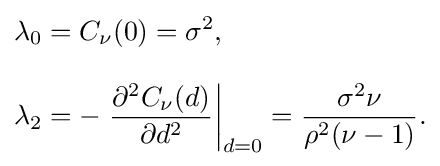
{\begin{aligned}\lambda _{0}&=C_{\nu }(0)=\sigma ^{2},\\[8pt]\lambda _{2}&=-\left.{\frac {\partial ^{2}C_{\nu }(d)}{\partial d^{2}}}\right|_{d=0}={\frac {\sigma ^{2}\nu }{\rho ^{2}(\nu -1)}}.\end{aligned}}